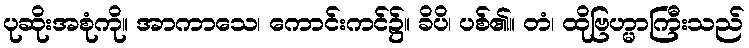
ပုဆိုးအစုံကို။ အာကာသေ၊ ကောင်းကင်၌။ ခိပိ၊ ပစ်၏။ တံ၊ ထိုဗြဟ္မာကြီးသည်